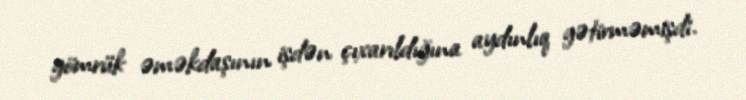
gömrük əməkdaşının işdən çıxarıldığına aydınlıq gətirməmişdi.